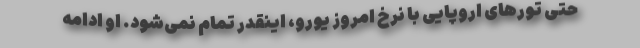
حتی تورهای اروپایی با نرخ امروزِ یورو، اینقدر تمام نمی‌شود. او ادامه